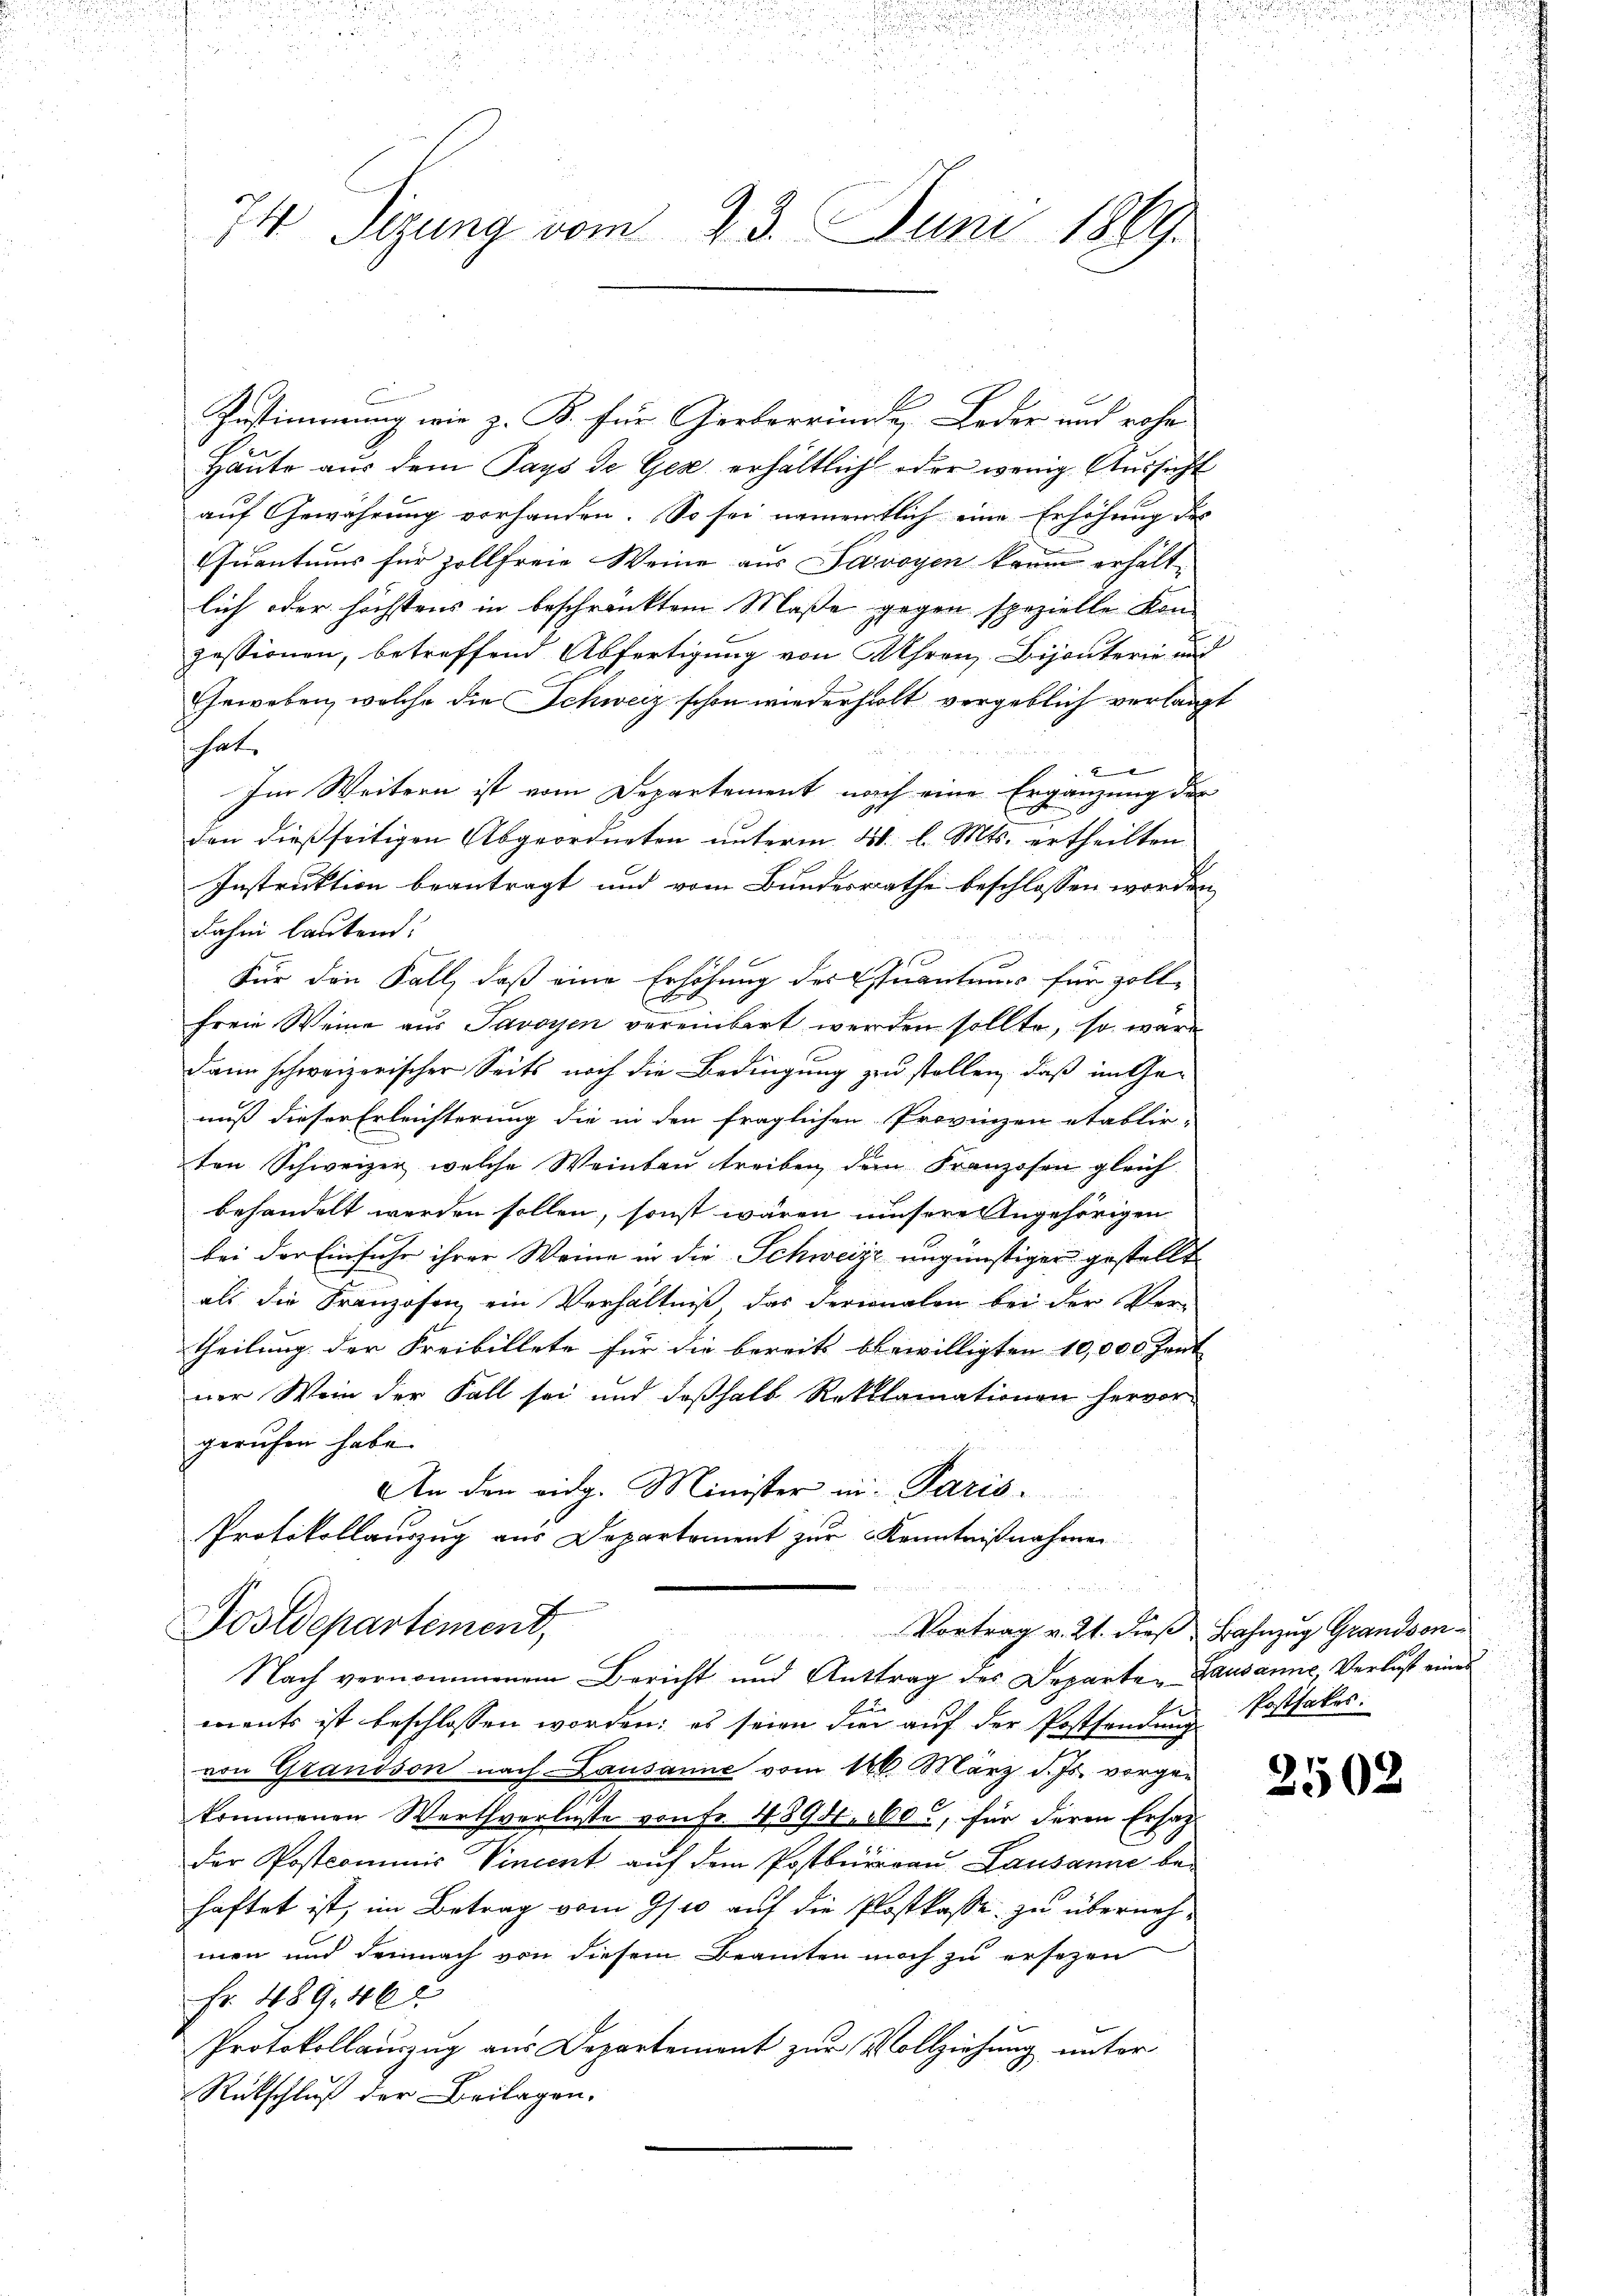
74 Tigung vom 23. Juni 1869.

Zustimmung wie z. B. für Gierkorründe, Leder und rohe
Häute aus dem Pays de Ges. erhältlich oder wenig Aussicht
auf Gewährung vorhanden. So sei namentlich eine Erhöhung des
Quantums für zollfreie Weine aus Savoyen kaum erhält-
lich oder höchstens in beschränktem Maße gegen spezielle Konzessionen, betreffend Abfertigung von Uhren, Bijouterie und
Geweben, welche die Schweiz schon wiederholt vergeblich verlangt
 hat,
4
Im Weitern ist vom Departement nach eine Ergänzung der
den dießseitigen Abgeordneten unterm 21. l. Mts. ertheilten
Instruktion beantragt und vom Bundesrathe beschlossen worden
Fahm lautend.
Für den Fall, daß eine Erhöhung des Quanteur für zoll-
freie Weine aus Savoyen vereinbart werden sollte, so wäre
dann schweizerischer Seits noch die Bedingung zu stellen, daß im Genuß dieser Erleichterung die in den fraglichen Provinzen etablir-
ten Schweizer welche Weinbau treiben, dem Franzosen gleich
behandelt werden sollen, sonst wären unsere Angehörigen
bei der Einfuhr ihrer Weine in die Schweize ungünstiger gestellt
als die Franzosen ein Verhältniß des Perionalen bei der Ver-
theilung der Freibillete für die bereits bewilligten 10,000 Zent |
ner Wein der Fall sei und deßhalb Reklamationen hervor
geruhen habe.
An den eidg. Minister in Paris.
Protokollauszug aus Departement zur Kenntnißnahmen

Foslepartement,
Vortrag v. 21. dieß Bahnzug Grandson¬
Nach vernommenem Bericht und Anttrag des Departen Lausanne, Verlust eines
ments ist beschlossen worden; es seien die auf der Postfandung Postfakes.
von Grandson nach Lausanne vom 14. März d. Js. vorge-
kommenen Werthverlieste von Fr. 4894. 360, für deren Ersatz
der Postcommis Vincent auf dem Postbüreau Lausanne behaftet ist, im Betrag vom 9/10 auf die Postkasse zu übernehmen und demnach von diesem Beamten noch zu ersezen
Fr. 489. 462
Protokollauszug aus Departement zur Vollziehung unter
Rückschluß der Beilagen.

2502